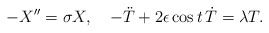
\begin{align*}- X'' = \sigma X,\ \ \ - \ddot{T} + 2 \epsilon \cos t\, \dot{T} = \lambda T.\end{align*}